Annual report of the Punjab Veterinary College and of the Civil Veterinary Department, Punjab - 1926-1932
Year: 1926
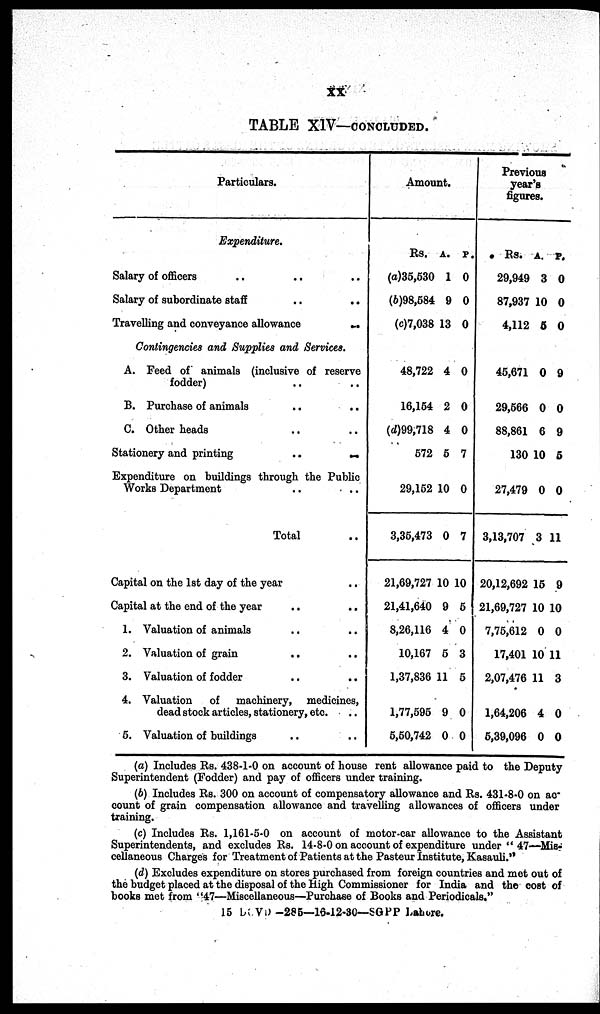
xx
TABLE XIV—CONCLUDED.
Particulars.
Expenditure.
Salary of officers .. .. ..
Salary of subordinate staff
..
..
Travelling and conveyance allowance
..
Contingencies and Supplies and Services.
A. Feed of animals (inclusive of reserve
fodder) .. ..
B. Purchase of animals
..
..
C. Other heads .. ..
Stationery and printing
..
..
Expenditure on buildings through the Public
Works Department .. ..
Total ..
Capital on the 1st day of the year ..
Capital at the end of the year .. ..
1. Valuation of animals .. ..
2. Valuation of grain
.. ..
3. Valuation of fodder .. ..
4. Valuation of machinery, medicines,
dead stock articles, stationery, etc. ..
5. Valuation of buildings .. ..
Amount.
Rs.
(a)35,530
(b)98,684
(c)7,038
48,722
16,154
(d)99,718
572
29,152
3,35,473
21,69,727
21,41,640
8,26,116
10,167
1,37,836
1,77,595
5,50,742
A.
1
9
13
4
2
4
5
10
0
10
9
4
6
11
9
0
P.
0
0
0
0
0
0
7
0
7
10
5
0
3
5
0
0
Previous
year's
figures.
Rs.
29,949
87,937
4,112
45,671
29,566
88,861
130
27,479
3,13,707
20,12,692
21,69,727
7,75,612
17,401
2,07,476
1,64,206
5,39,096
A.
3
10
5
0
0
6
10
0
3
15
10
0
10
11
4
0
P.
0
0
0
9
0
9
5
0
11
9
10
0
11
3
0
0
(a) Includes Rs. 438-1-0 on account of house rent allowance paid to the Deputy
Superintendent (Fodder) and pay of officers under training.
(b) Includes Rs. 300 on account of compensatory allowance and Rs. 431-8-0 on ac-
count of grain compensation allowance and travelling allowances of officers under
training.
(c) Includes Rs. 1,161-5-0 on account of motor-car allowance to the Assistant
Superintendents, and excludes Rs. 14-8-0 on account of expenditure under " 47—Mis-
cellaneous Charges for Treatment of Patients at the Pasteur Institute, Kasauli."
(d) Excludes expenditure on stores purchased from foreign countries and met out of
the budget placed at the disposal of the High Commissioner for India and the cost of
books met from " 47—Miscellaneous—Purchase of Books and Periodicals."
15 DCVD -285—16-12-30—SGPP Lahore.